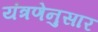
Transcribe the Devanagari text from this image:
यंत्रणेनुसार